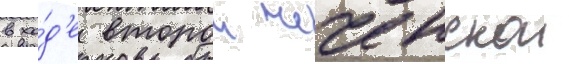
в хо́д'е второи чеченскои